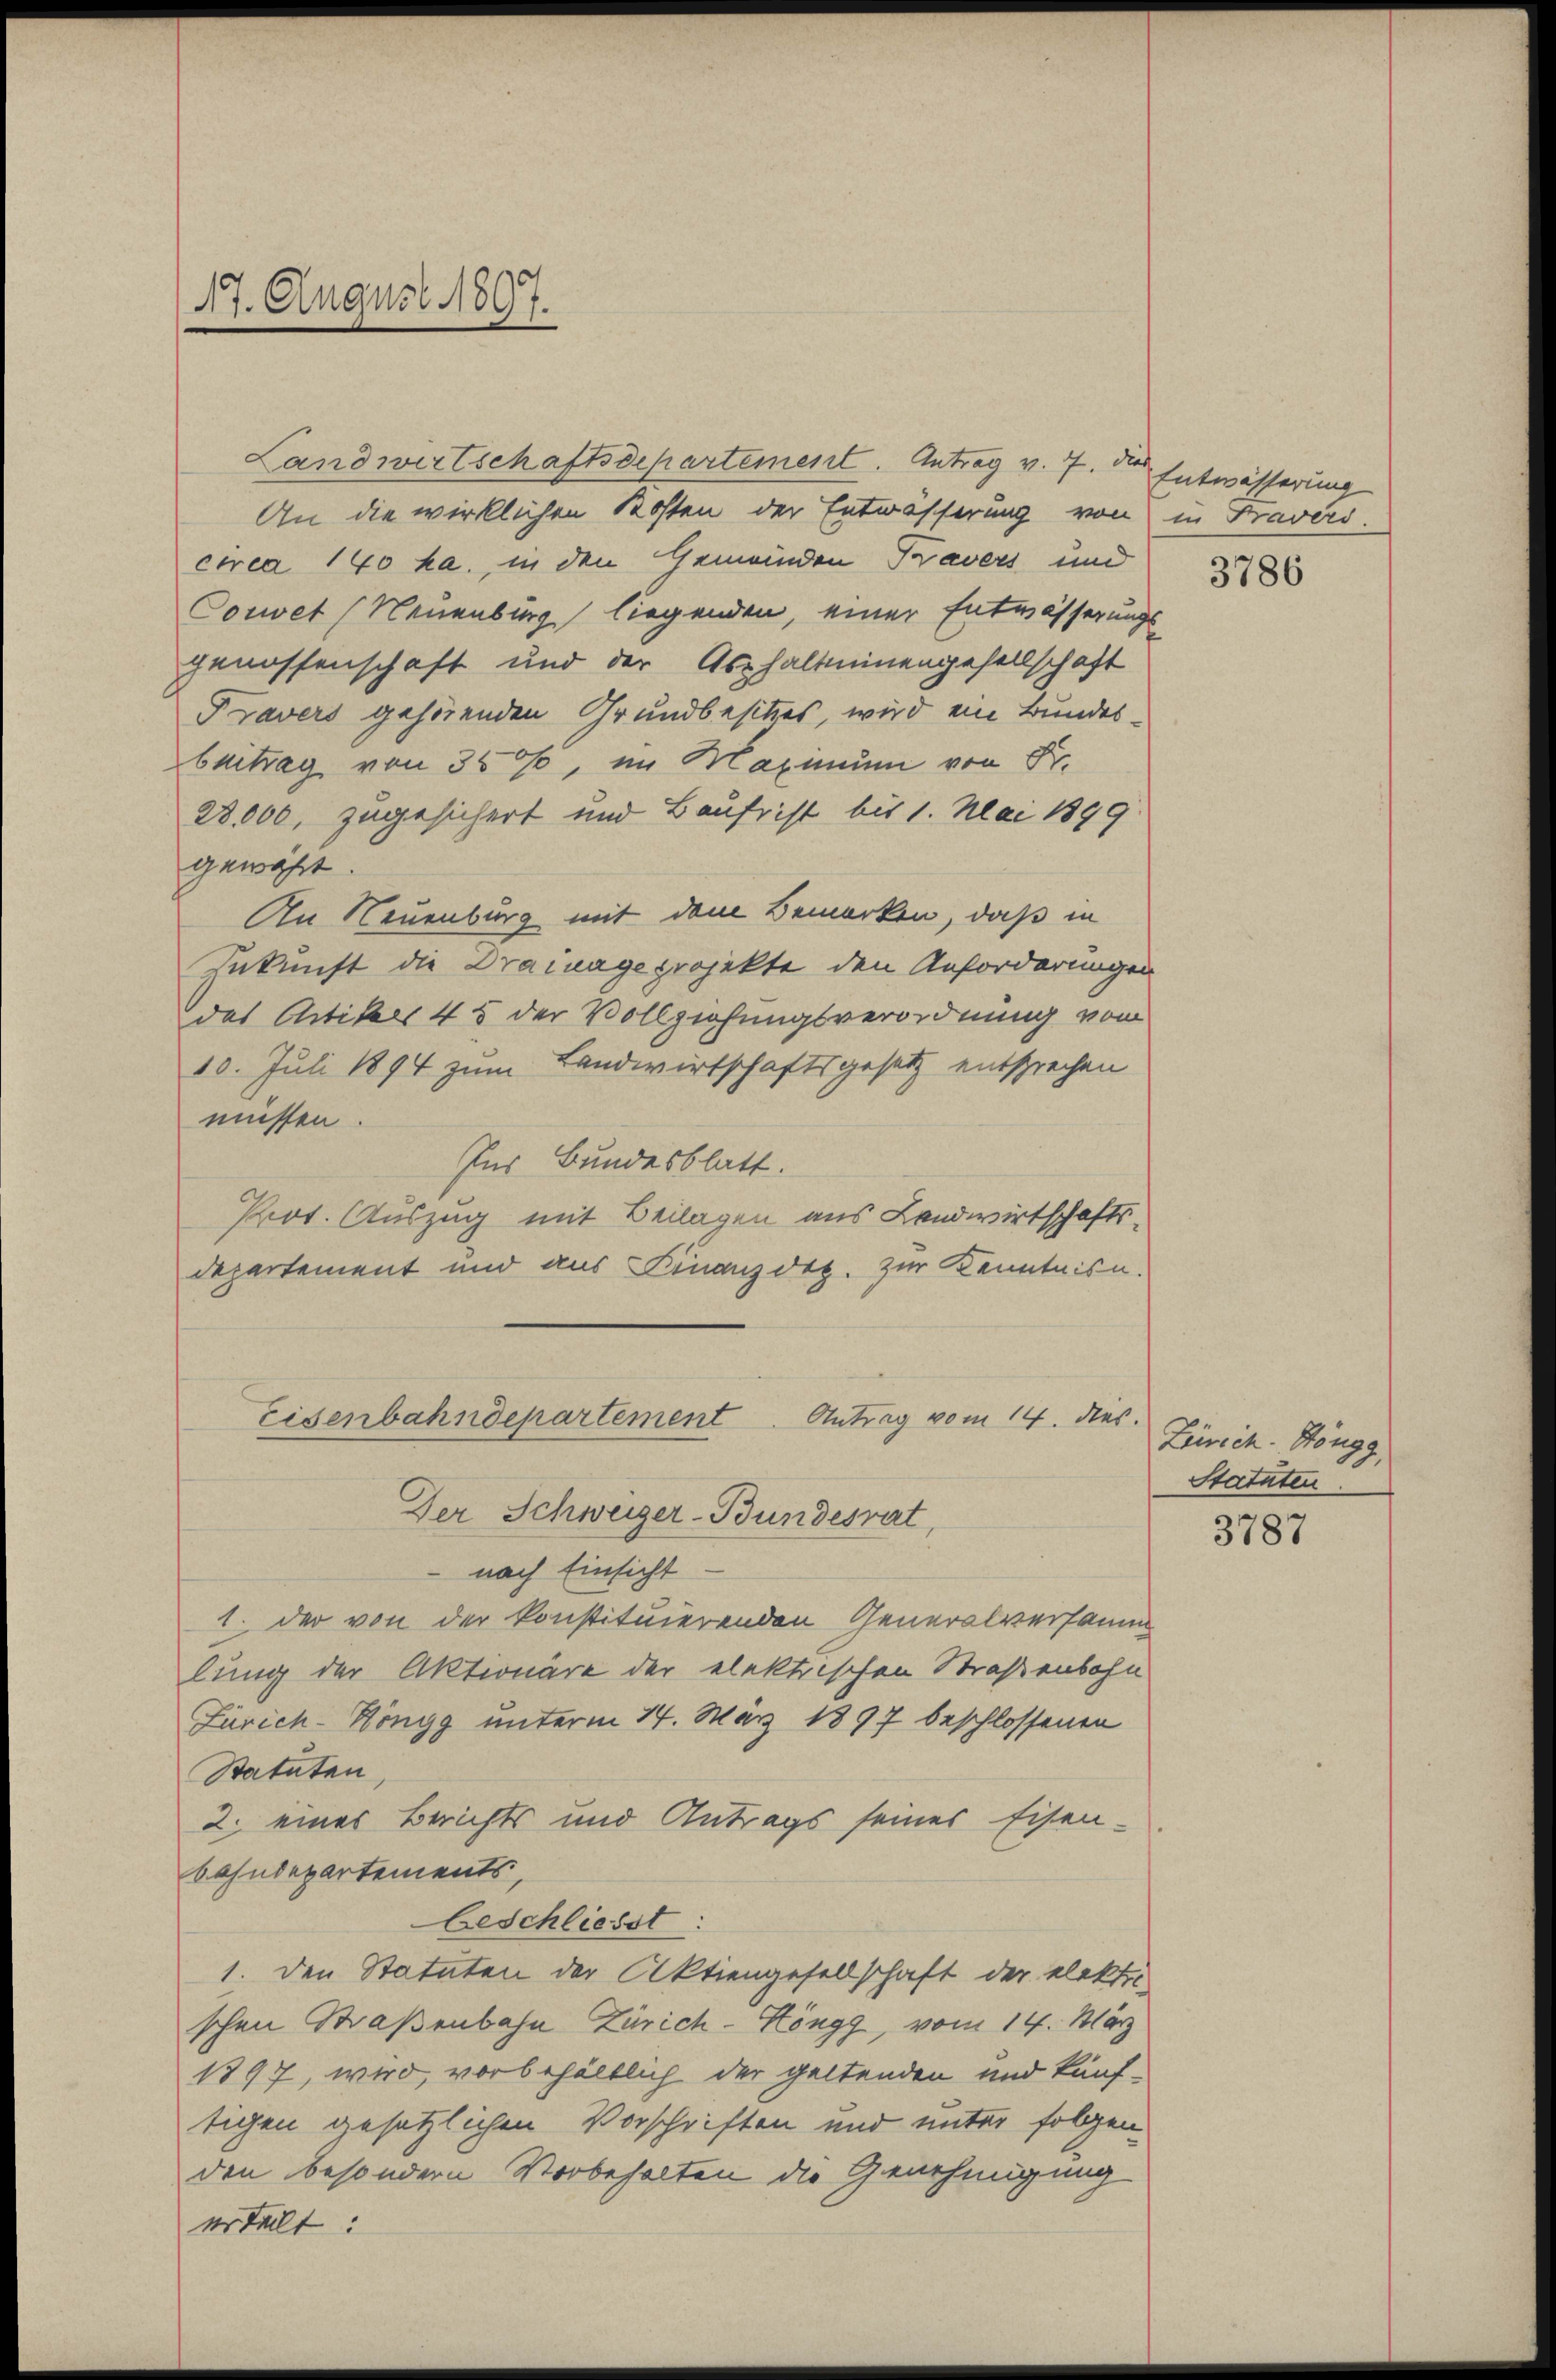
Landwirtschaftsdepartement. Antrag v. 7. die Entwässerung
An die wirklichen Kosten der Entwässerung von in Fravers.
circa 140 ha. in den Gemeinden Travers und
Couvet Neuenburg liegenden, einer Entwässerungsgenossenschaft und der Asphaltminengesellschaft
Travers gehörenden Grundbesitzes, wird ein Bundesbeitrag von 350, im Maximum von Fr.
28,000, zugesichert und Baufs ist bis 1. Mai 1899
gewährt.
An Neuenburg mit dem Bemerken, daß in
Zukunft die Drainage projekte den Anforderungen
das Artikels 45 der Vollziehungsverordnung vom
10. Juli 1894 zum Landwirtschaftsgesetz entsprechen
müssen.
Ins Bundesblatt.
Piot. Auszug mit Beilagen aus Landwirtschaftsdepartement und aus Finanzdez. zur Kenntnisn
Eisenbahndepartement Antrag vom 14. dies
Der Schweizer-Bundesrat,
nach Einsicht.
1. der von der konstituierenden Generalversamm
lung der Aktionäre der elektrischen Straßenbohn
Zürich-Köngg unterm 14. März 1897 beschlossenen
Statuten,
2. eines Berichts und Antrags seines Eisen-
bahndepartements,
beschliesst:
1. den Statuten der Aktiengesellschaft der elekte.
schen Straßenbahn Zürich-Höngg, vom 14. März
1397, wird, vorbehältlich der geltenden und künf-
tigen gesetzlichen Vorschriften und unter folgen
den besondern Vorbehalten die Genehmigung
erteilt:

17. August 1897.

3786

Zürich Höngg,
Statuten.

3787